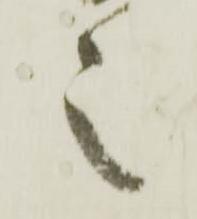
之